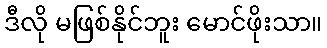
ဒီလို မဖြစ်နိုင်ဘူး မောင်ဖိုးသာ။